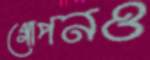
গোপনও